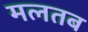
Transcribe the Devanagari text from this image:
मलतब